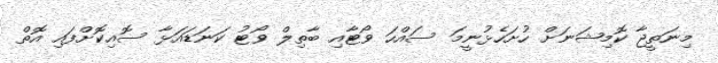
މިނަތީޖާ ކޮމިޝަނަށް ހުށަހެޅުނީމަ ސައްހަ ވޯޓާއި ބާތިލް ވޯޓު ކަނަޑައަޅާ ސޮއިކޮށްފައި އޮތް